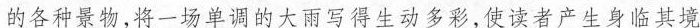
的各种景物，将一场单调的大雨写得生动多彩，使读者产生身临其境